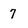
Character: 7